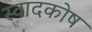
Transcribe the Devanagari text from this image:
स्वादकोष